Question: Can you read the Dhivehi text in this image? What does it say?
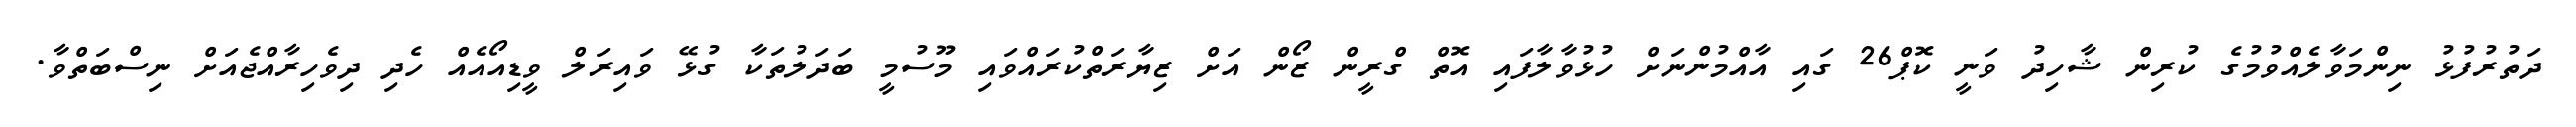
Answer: ދަތުރުފުޅު ނިންމަވާލެއްވުމުގެ ކުރިން ޝާހިދު ވަނީ ކޮޕް26 ގައި އާއްމުންނަށް ހުޅުވާލާފައި އޮތް ގްރީން ޒޯން އަށް ޒިޔާރަތްކުރައްވައި މޫސުމީ ބަދަލުތަކާ ގުޅޭ ވައިރަލް ވީޑިއޯއެއް ހެދި ދިވެހިރާއްޖެއަށް ނިސްބަތްވާ.